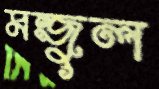
মন্জুল